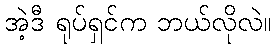
အဲ့ဒီ ရုပ်ရှင်က ဘယ်လိုလဲ။